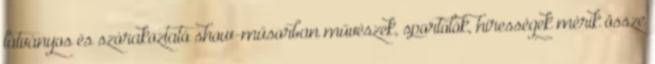
látványos és szórakoztató show-műsorban művészek, sportolók, hírességek mérik össze